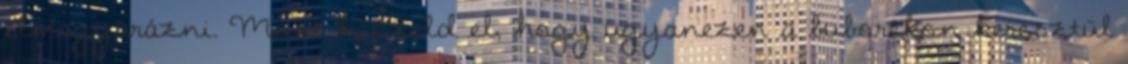
elmagyarázni. Most képzeld el, hogy ugyanezen a buborékon keresztül